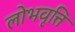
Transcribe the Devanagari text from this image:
लोभवृत्ति